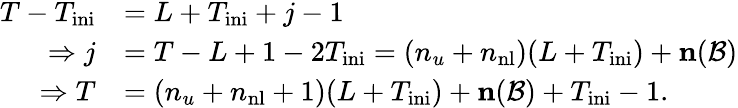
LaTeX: \begin{array}{rl}{T-T_{\mathrm{ini}}}&{=L+T_{\mathrm{ini}}+j-1}\\ {\Rightarrow j}&{=T-L+1-2T_{\mathrm{ini}}=(n_{u}+n_{\mathrm{nl}})(L+T_{\mathrm{ini}})+\textbf{n}(\mathcal{B})}\\ {\Rightarrow T}&{=(n_{u}+n_{\mathrm{nl}}+1)(L+T_{\mathrm{ini}})+\textbf{n}(\mathcal{B})+T_{\mathrm{ini}}-1.}\end{array}